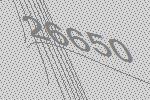
26650